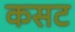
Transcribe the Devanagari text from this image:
कसट